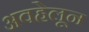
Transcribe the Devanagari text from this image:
अवहेलून